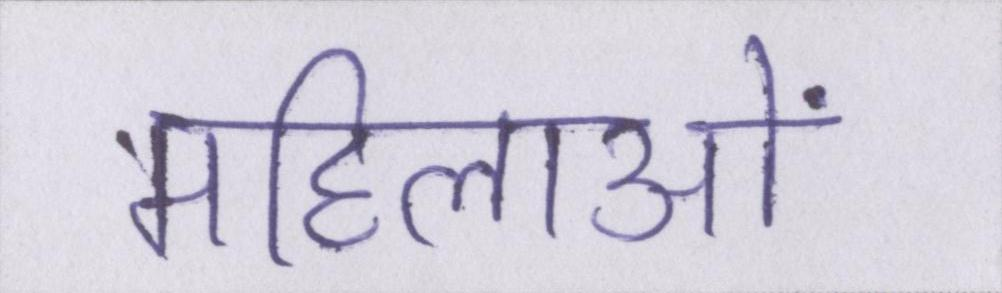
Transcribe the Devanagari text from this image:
महिलाओं